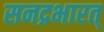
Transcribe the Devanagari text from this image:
सनद्रभारत्